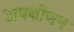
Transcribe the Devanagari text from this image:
अपक्षीणन